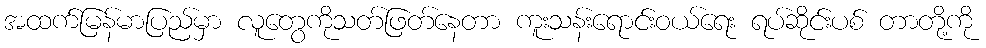
အထက်မြန်မာပြည်မှာ လူတွေကိုသတ်ဖြတ်နေတာ ကူးသန်းရောင်းဝယ်ရေး ရပ်ဆိုင်းပစ် တာတို့ကို